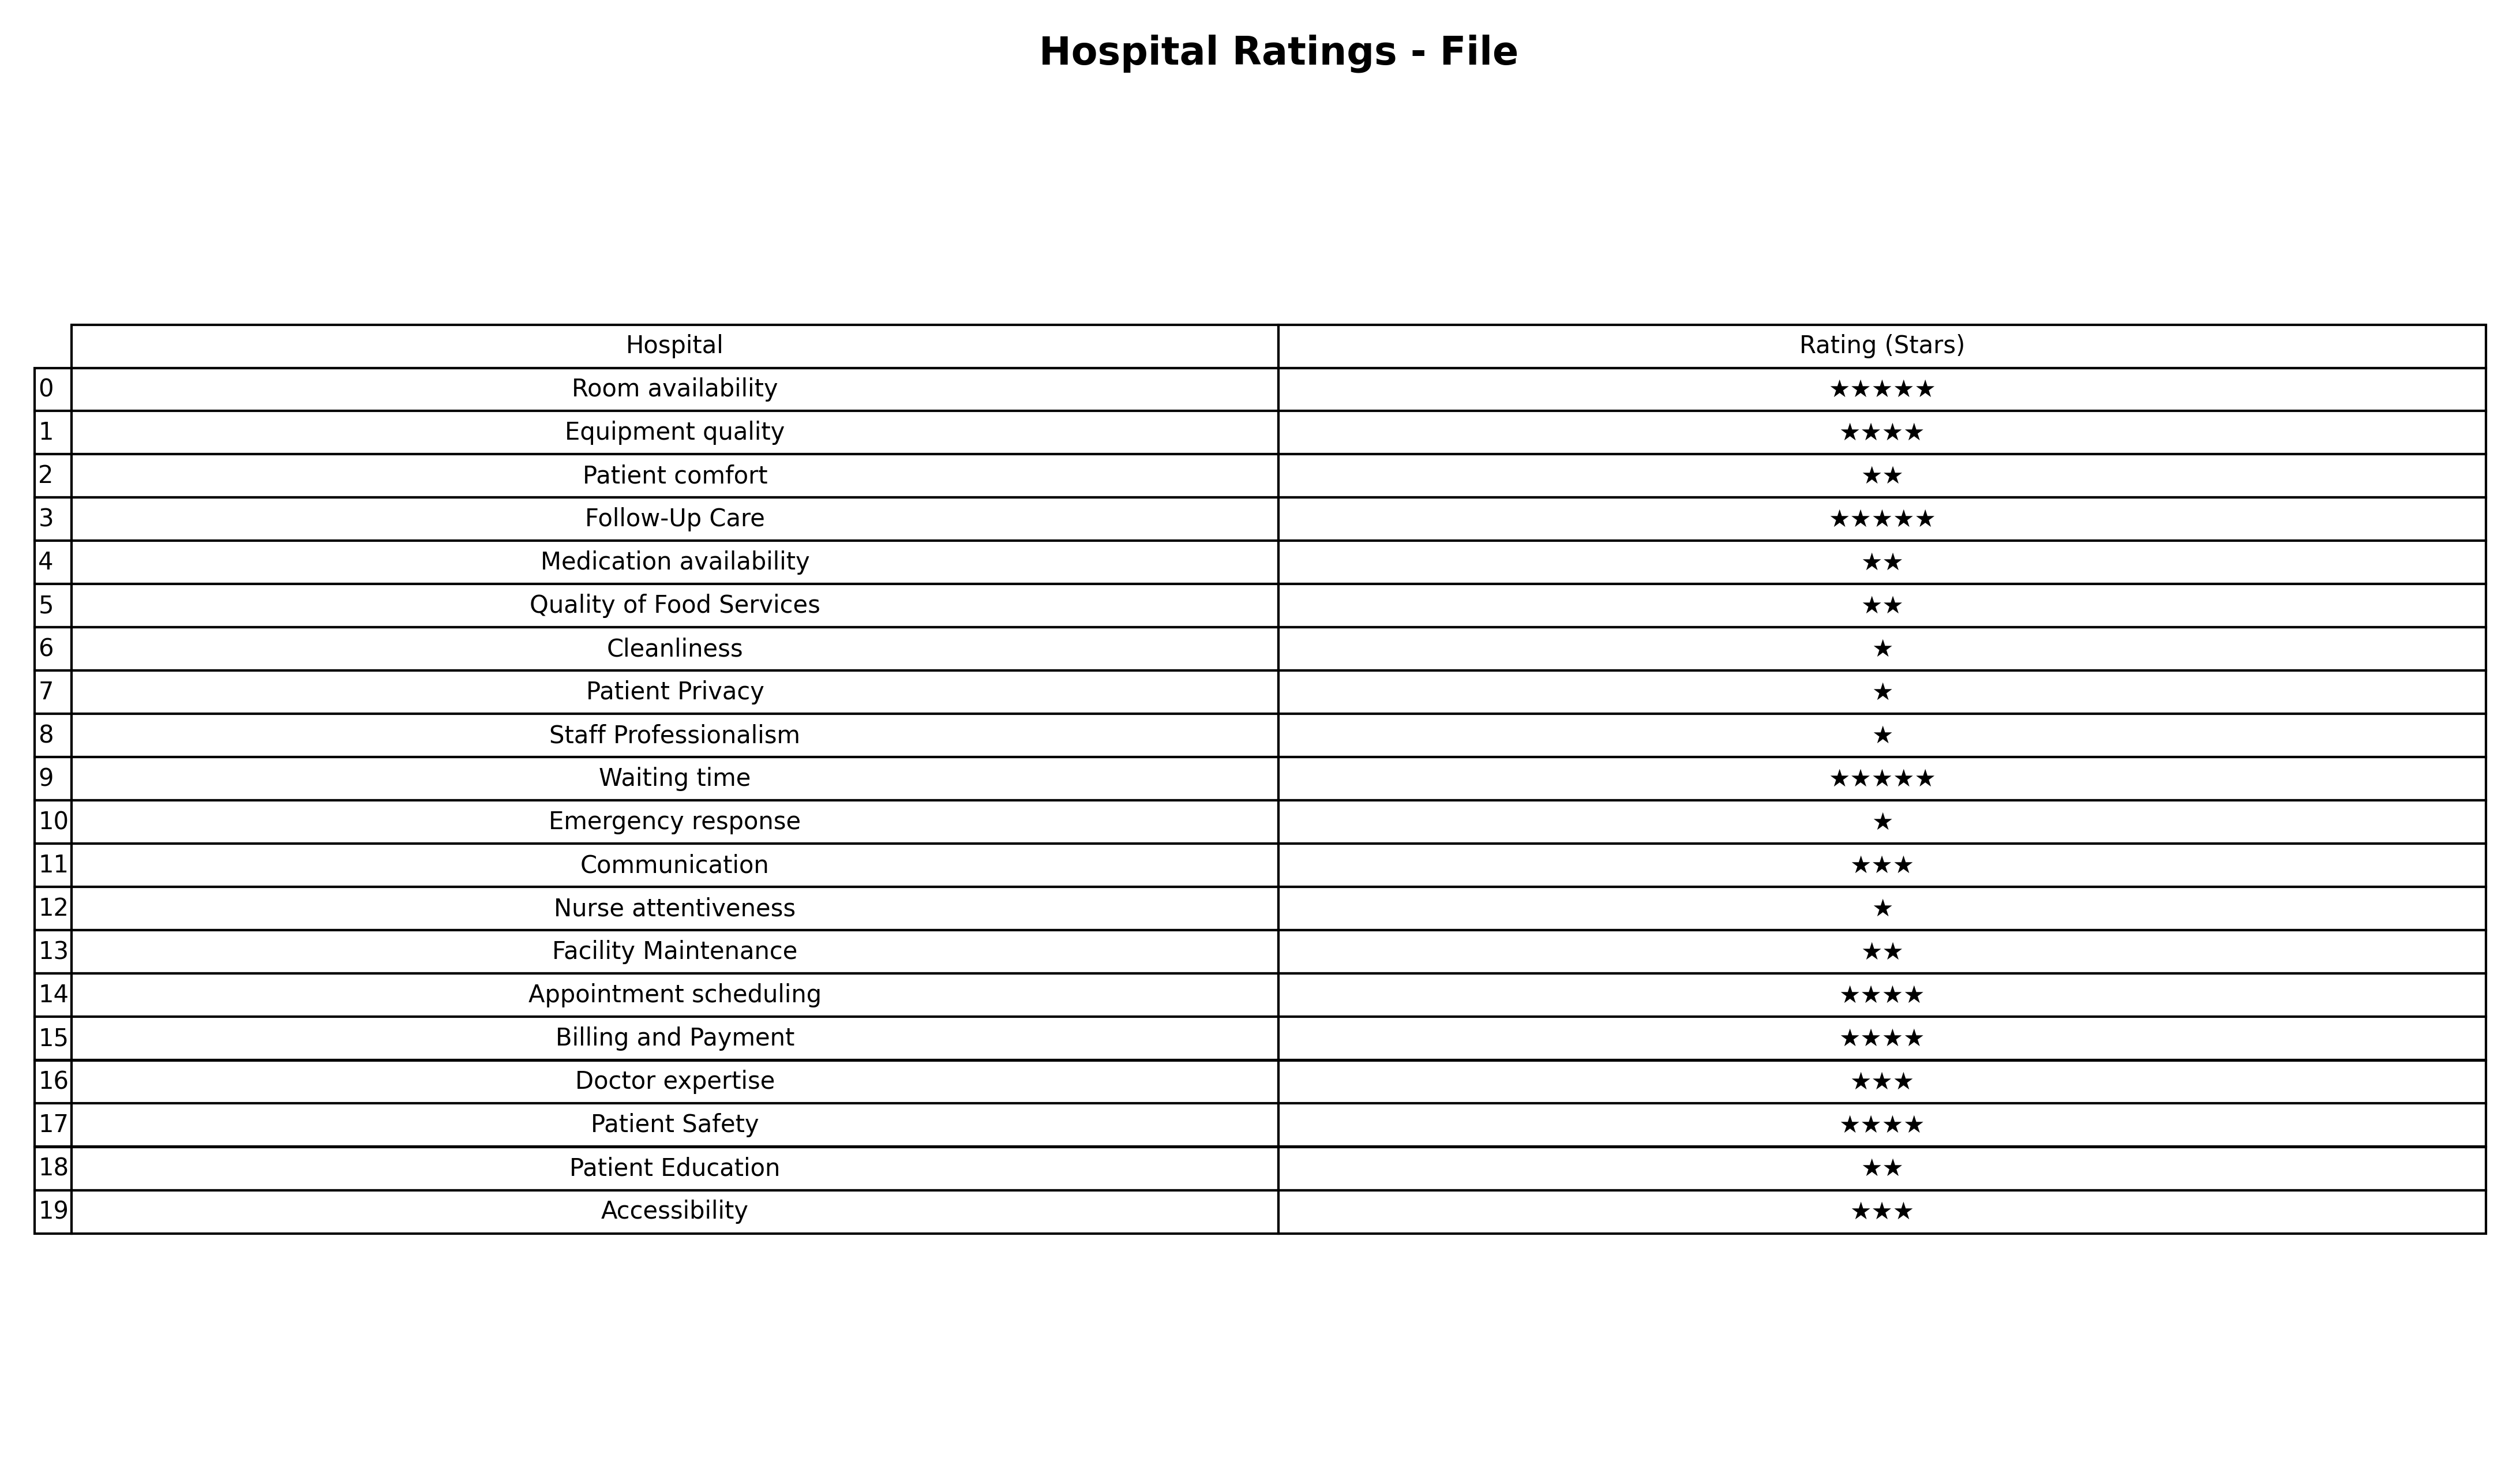
question: What are one star services?
answer: CleanlinessPatient PrivacyStaff ProfessionalismEmergency responseNurse attentiveness